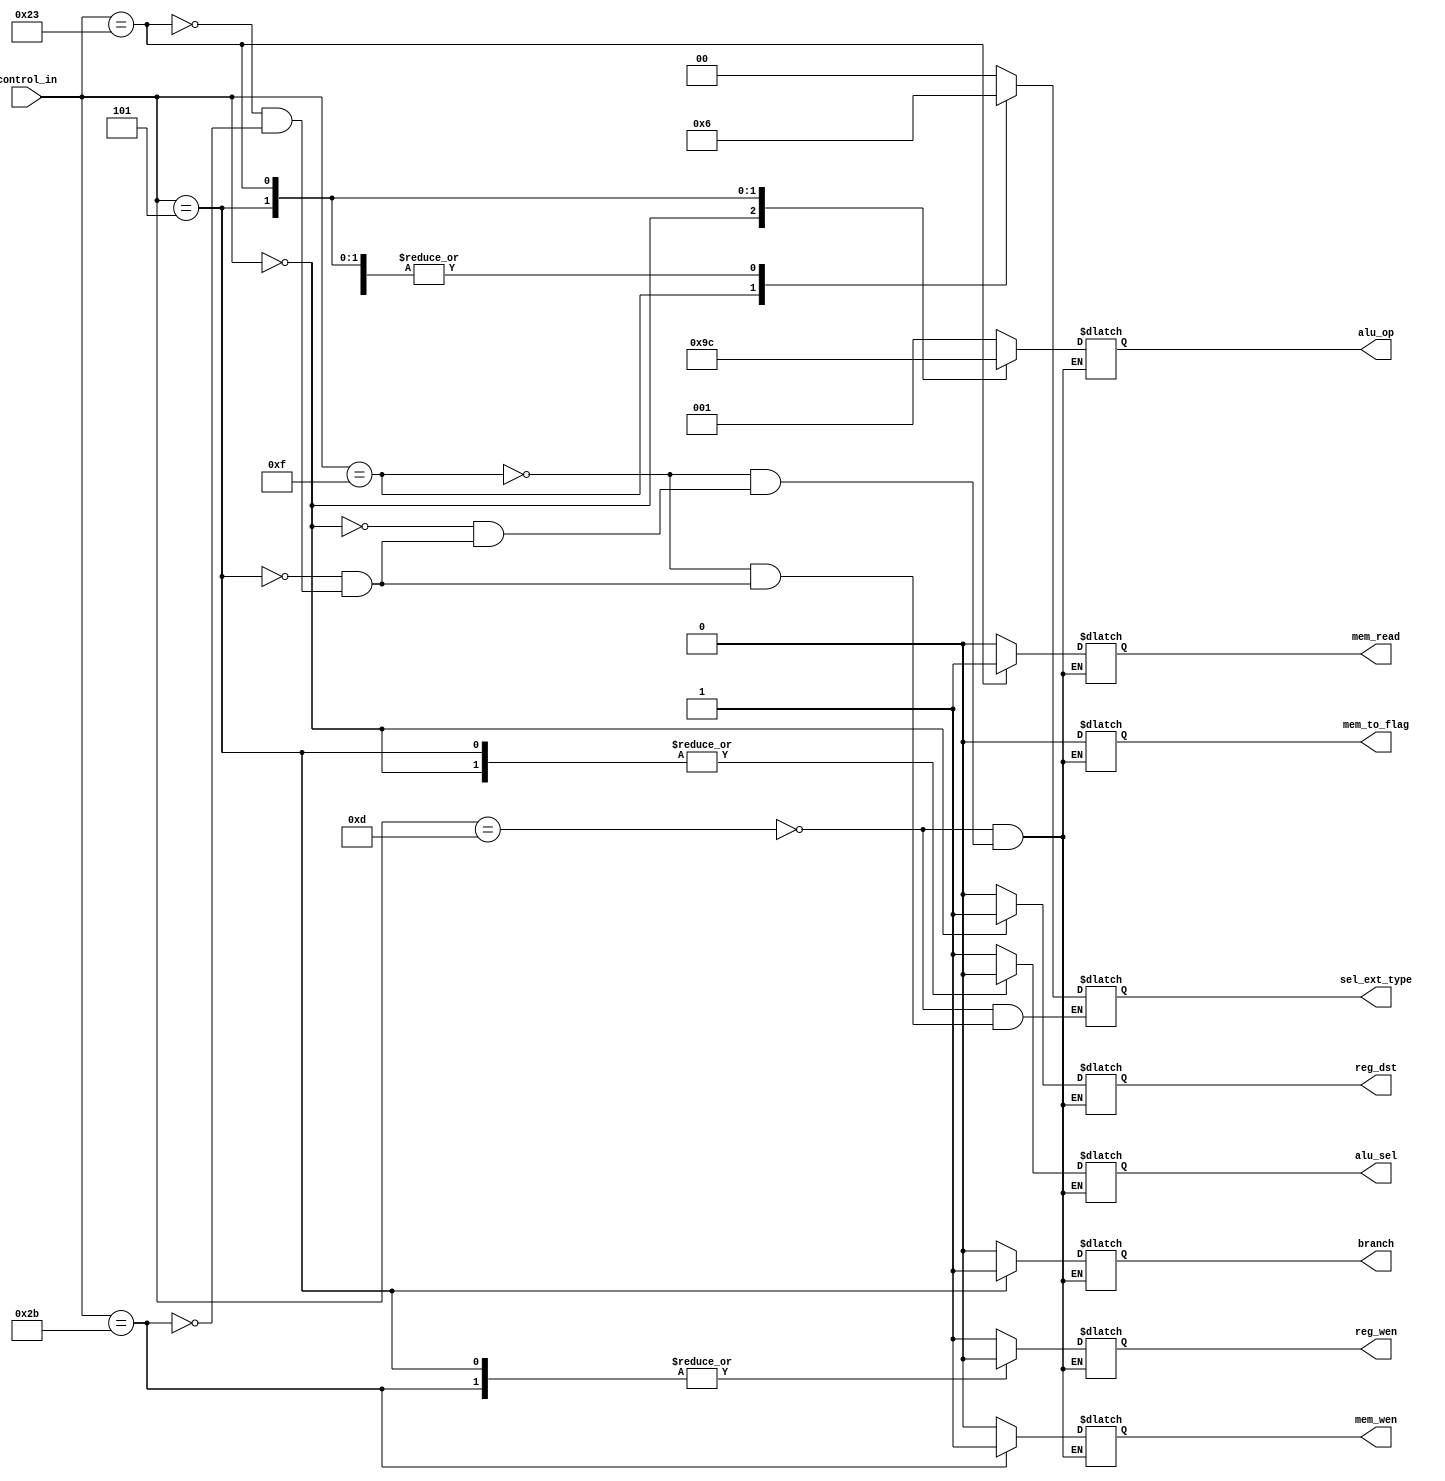
module control(
    input [5:0]control_in,

    output reg reg_dst,
    output reg branch,
    output reg mem_read,//
    output reg mem_to_flag,
    output reg [2:0]alu_op,
    output reg mem_wen,
    output reg alu_sel,
    output reg reg_wen,
    output reg [1:0]sel_ext_type
);
always @(*) begin
    case (control_in)
        6'b001101://ori
        begin
            reg_dst <= 1'b0;
            branch <= 1'b0;
            mem_read <= 1'b0;//
            mem_to_flag <= 1'b0;
            alu_op <= 3'b001;// |
            mem_wen <= 1'b0;
            alu_sel <= 1'b1;//sel imm
            reg_wen <= 1'b1;
            sel_ext_type <= 2'b00;//unsign
        end

        6'b001111://lui
        begin
            reg_dst <= 1'b0;
            branch <= 1'b0;
            mem_read <= 1'b0;//
            mem_to_flag <= 1'b0;
            alu_op <= 3'b001;// |
            mem_wen <= 1'b0;
            alu_sel <= 1'b1;//sel imm
            reg_wen <= 1'b1;
            sel_ext_type <= 2'b01;//hight16
        end

        6'b000000://addu
        begin
            reg_dst <= 1'b1;
            branch <= 1'b0;
            mem_read <= 1'b0;//
            mem_to_flag <= 1'b0;
            alu_op <= 3'b010;// &
            mem_wen <= 1'b0;
            alu_sel <= 1'b0;//sel B
            reg_wen <= 1'b1;
        end
        6'b000101://bne
        begin
            reg_dst <= 1'b0;
            branch <= 1'b1;
            mem_read <= 1'b0;//
            mem_to_flag <= 1'bX;
            alu_op <= 3'b011;// -
            mem_wen <= 1'b0;
            alu_sel <= 1'b0;//sel B
            reg_wen <= 1'b0;
            sel_ext_type <= 2'b10;//sign
        end
        6'b100011://lw
        begin
            reg_dst <= 1'b0;
            branch <= 1'b0;
            mem_read <= 1'b1;//
            mem_to_flag <= 1'bX;
            alu_op <= 3'b100;// +
            mem_wen <= 1'b0;
            alu_sel <= 1'b1;//sel offest
            reg_wen <= 1'b1;
            sel_ext_type <= 2'b10;//sign
        end
        6'b101011://sw
        begin
            reg_dst <= 1'b0;
            branch <= 1'b0;
            mem_read <= 1'b0;//
            mem_to_flag <= 1'bX;
            alu_op <= 3'b001;// +
            mem_wen <= 1'b1;
            alu_sel <= 1'b1;//sel offest
            reg_wen <= 1'b0;
            sel_ext_type <= 2'b10;//sign
        end
        default: begin
            
        end
    endcase
end

    
endmodule